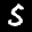
Label: 5